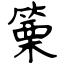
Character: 篥